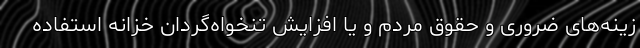
زینه‌های ضروری و حقوق مردم و یا افزایش تنخواه‌گردان خزانه استفاده